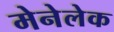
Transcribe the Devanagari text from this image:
मेनेलेक